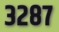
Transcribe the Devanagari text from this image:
३२८७